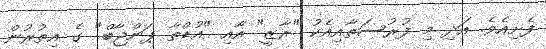
ފެށިއެވެ. އަދި މި ފުރުސަތާއިއެކު "ރާޒީ" އާއި "އުޑްތާ ޕަންޖާބް" ގެ އިތުރުން